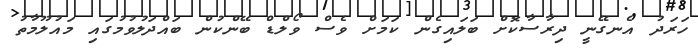
ހަރަދު އެނގޭނީ ދިރާސާކޮށް ބަލައިގެން ކަމަށް ވެސް ވޯލްޑް ބޭންކުން ބައްދަލުވުމުގައި މައުލޫމާތު